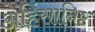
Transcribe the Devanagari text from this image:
अहिंसानिष्ट